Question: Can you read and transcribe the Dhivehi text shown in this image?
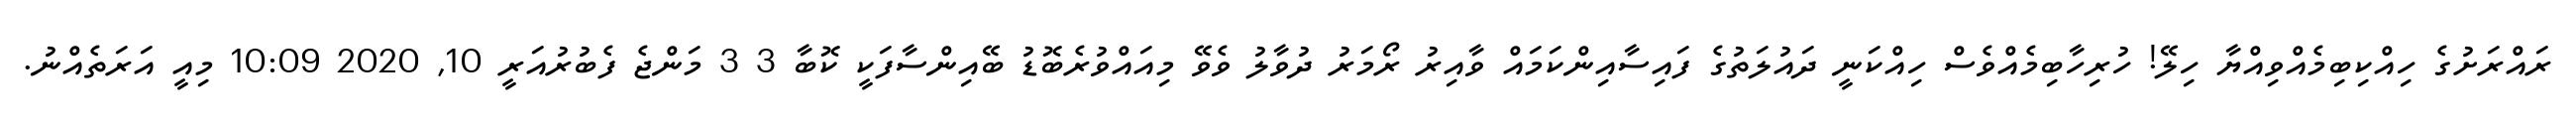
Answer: ރައްރަށުގެ ހިއްކިބިމެއްވިއްޔާ ހިލޭ! ހުރިހާބިމެއްވެސް ހިއްކަނީ ދައުލަތުގެ ފައިސާއިންކަމައް ވާއިރު ރޯމަރު ދުވާލު ވެވޭ މިއައްވުރެބޮޑު ބޭއިންސާފަކީ ކޮބާ 3 3 މަންޖެ ފެބުރުއަރީ 10, 2020 10:09 މިއީ އަރަތެއްނު.